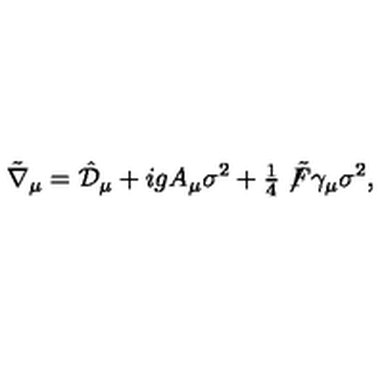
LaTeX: \tilde { \nabla } _ { \mu } = \hat { \mathcal { D } } _ { \mu } + i g A _ { \mu } \sigma ^ { 2 } + { \textstyle \frac { 1 } { 4 } } \not \! \tilde { F } \gamma _ { \mu } \sigma ^ { 2 } ,